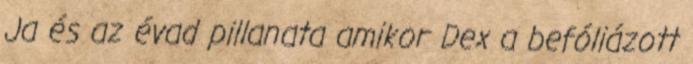
Ja és az évad pillanata amikor Dex a befóliázott